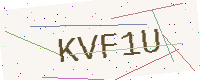
Text: KVF1U